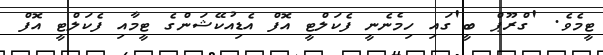
ޓީމެވެ. 'ގްރޫޕް ބީ'ގައި ހިމެނެނީ ފެކަލްޓީ އޮފް އެޑިއުކޭޝަންގެ ޓީމާއި ފެކަލްޓީ އޮފް